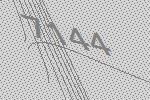
7144